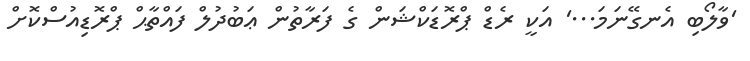
'ވާލޯބި އެނގޭނަމަ...' އަކީ ރެޑް ޕްރޮޑަކްޝަން ގެ ފަރާތުން ޢަބުދުލް ފައްތާޙް ޕްރޮޑިއުސްކޮށް